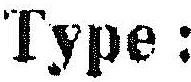
TYPE :